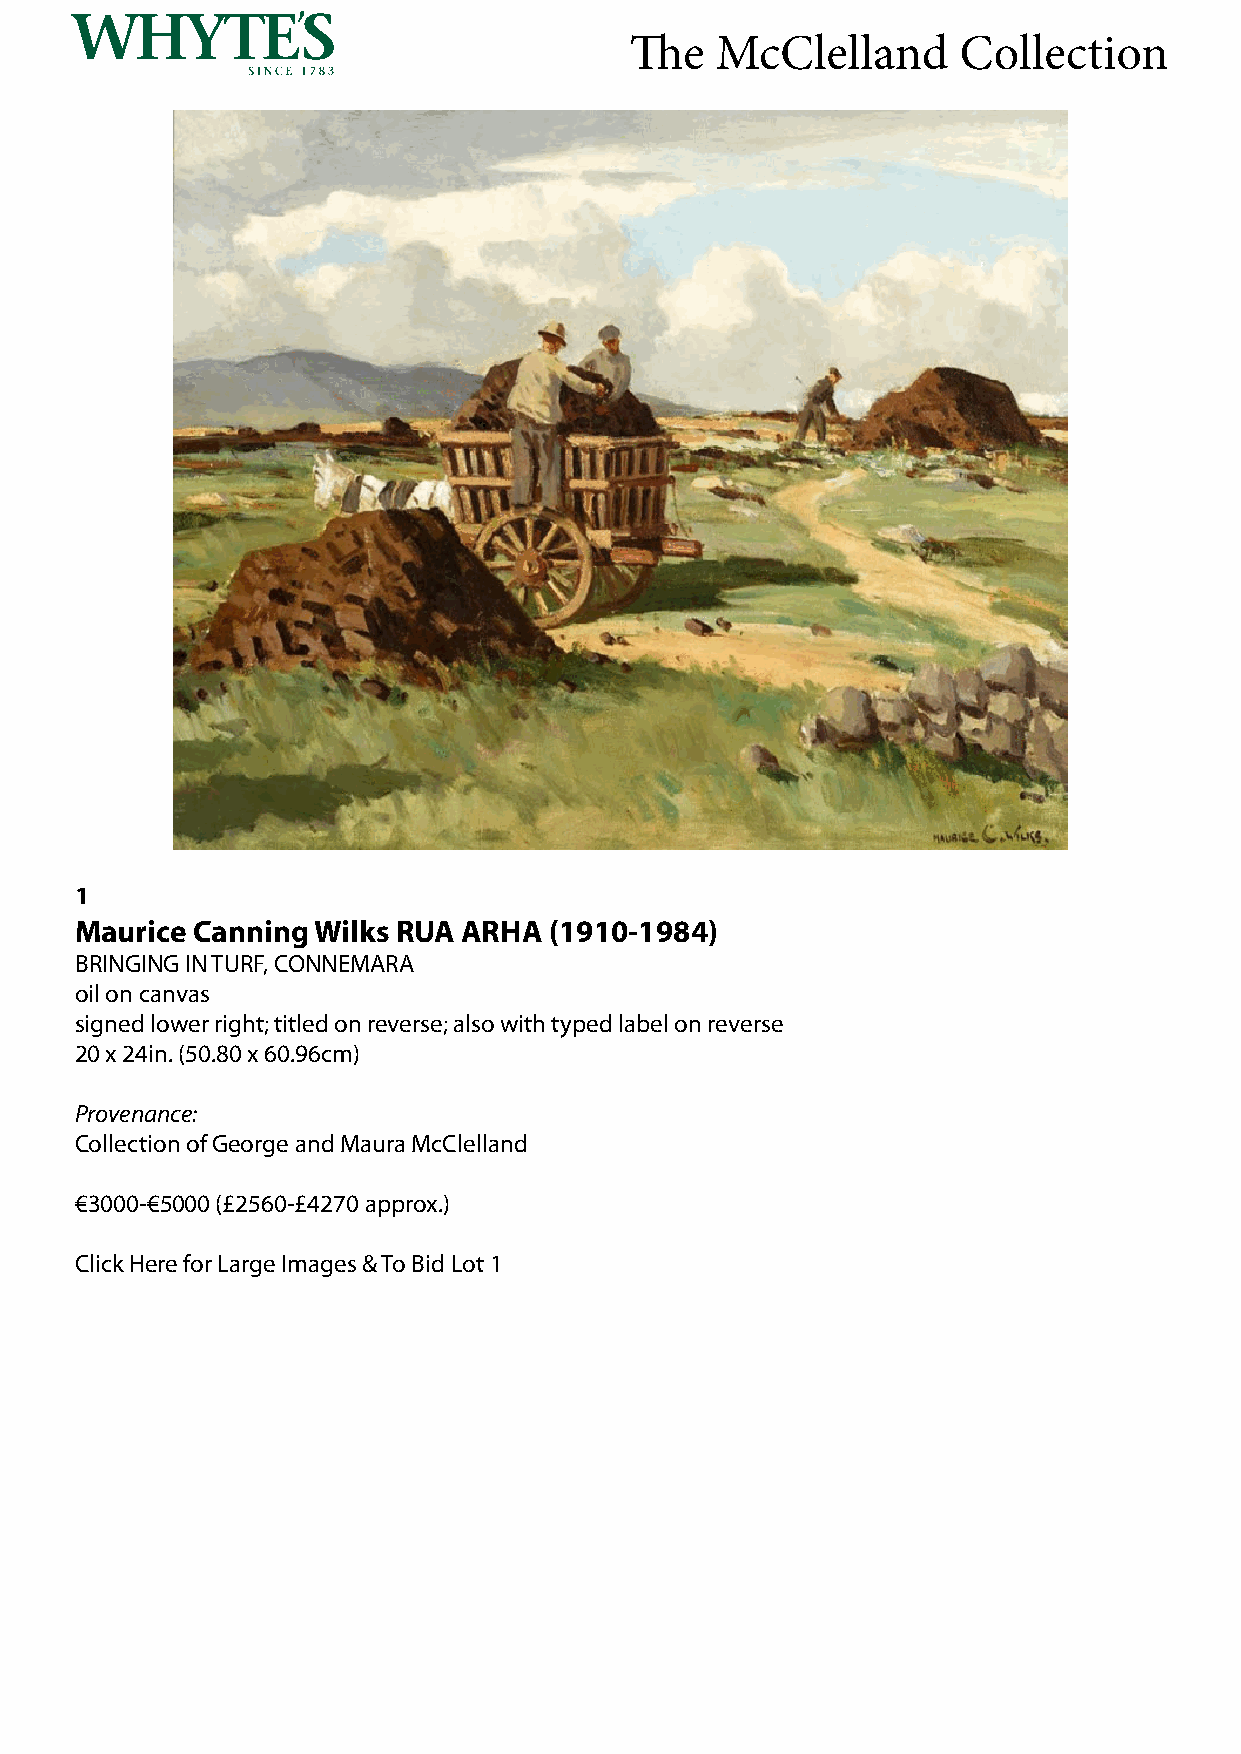
The  McClelland      Collection
 1
 Maurice Canning Wilks RUA ARHA (1910-1984)
 BRINGING IN TURF, CONNEMARA
 oil on canvas
 signed lower right; titled on reverse; also with typed label on reverse
 20 x 24in. (50.80 x 60.96cm)
 Provenance:
 Collection of George and Maura McClelland
 €3000-€5000 (£2560-£4270 approx.)
 Click Here for Large Images & To Bid Lot 1